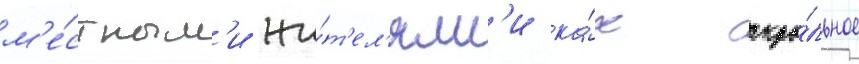
м'е́стным'и жи́т'ел'ям'и ка́к сакра́льное